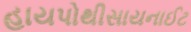
હાયપોથીસાયનાઈટ